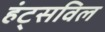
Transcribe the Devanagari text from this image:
हंट्सविल